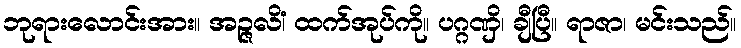
ဘုရားလောင်းအား။ အဉ္ဇလိံ၊ ထက်အုပ်ကို။ ပဂ္ဂဏှိ၊ ချီပြီ။ ရာဇာ၊ မင်းသည်။